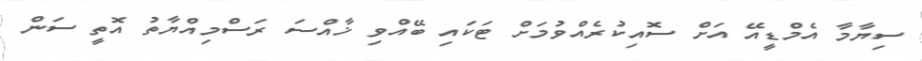
ސިޔާމާ އެމްޑީއޭ އަށް ސޮއިކުރެއްވުމަށް ޓަކައި ބޭއްވި ޚާއްސަ ރަސްމިއްޔާތު އޮތީ ސަން